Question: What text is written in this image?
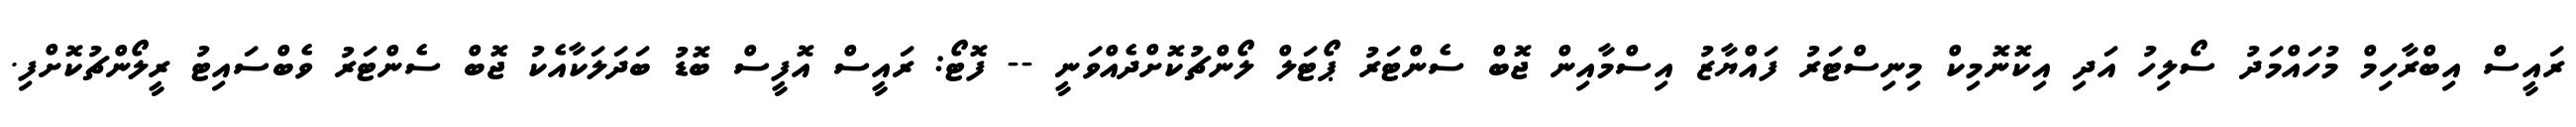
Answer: ރައީސް އިބްރާހިމް މުހައްމަދު ސޯލިހު އަދި އިކޮނޮމިކް މިނިސްޓަރު ފައްޔާޒު އިސްމާއިން ޖޮބް ސެންޓަރު ޕޯޓަލް ލޯންޗުކޮށްދެއްވަނީ -- ފޮޓޯ: ރައީސް އޮފީސް ބޮޑު ބަދަލަކާއެކު ޖޮބް ސެންޓަރު ވެބްސައިޓު ރީލޯންޗުކޮށްފި.